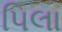
પિલા